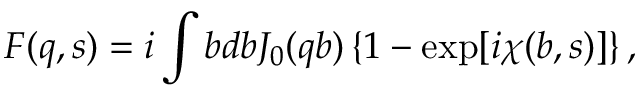
F ( q , s ) = i \int b d b J _ { 0 } ( q b ) \left\{ 1 - \exp [ i \chi ( b , s ) ] \right\} ,